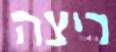
ריצה